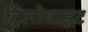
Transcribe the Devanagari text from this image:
ट्रिलोबाइट